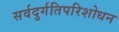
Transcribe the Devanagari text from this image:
सर्वदुर्गतिपरिशोधन